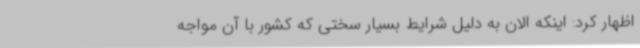
اظهار کرد: اینکه الان به دلیل شرایط بسیار سختی که کشور با آن مواجه